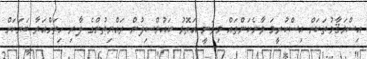
އިސްމަޤާމުތަކަށް އިސްކުރީމަ ވާނެކަންތައް މިވަނީ އަތޮޅު ކައުންސިލުން ރައްޔިތުންގެ ލާރި ހިތަށްއަރާ ބަޔަކަށް